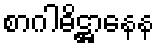
စာဂါဓိဋ္ဌာနေန